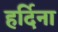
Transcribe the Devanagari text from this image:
हर्दिना